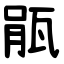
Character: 瓹